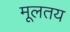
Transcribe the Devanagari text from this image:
मूलतय